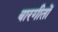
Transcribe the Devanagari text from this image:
बारगीतों